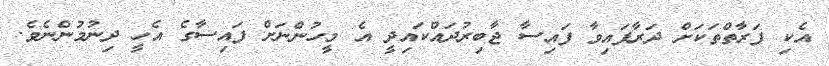
އެކި ފަރާތްތަކަށް ދަރާފައިވާ ފައިސާ ޖާބިރުދައްކައިދީ އެ މީހުންނަށް ފައިސާގެ އެހީ ދިނުމުންނެވެ.